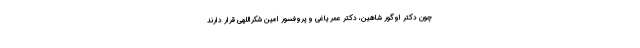
چون دکتر اوگور شاهین، دکتر عمر یاغی و پروفسور امین شکراللهی قرار دارند